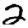
Digit: 2